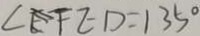
\angle E F E D = 1 3 5 ^ { \circ }